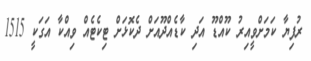
ރުފިޔާ ކަމަށްވީއިރު ކޫއްޑޫ އަދި ކާޑެއްދޫއަށް ދެކޮޅަށް ޓިކެޓެއް ވިއްކާ އަގަކީ 1515